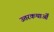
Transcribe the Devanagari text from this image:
उत्तरकथाओँ